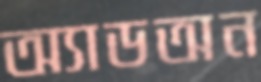
অ্যাডঅন